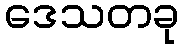
ဒေသတခု